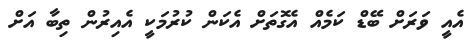
އެއީ ވަރަށް ބޭޑް ކަމެއް އެގޮތަށް އެކަން ކުރުމަކީ އެއިރުން ތިބާ އަށް